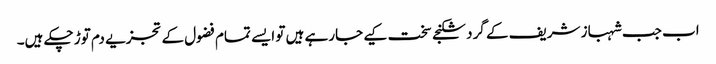
اب جب شہباز شریف کے گرد شکنجے سخت کیے جارہے ہیں تو ایسے تمام فضول کے تجزیے دم توڑ چکے ہیں۔